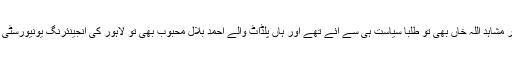
اپنے پرویز رشید اور مشاہد اللہ خاں بھی تو طلبا سیاست ہی سے آئے تھے اور ہاں پلڈاٹ والے احمد بلال محبوب بھی تو لاہور کی انجینئرنگ یونیورسٹی کے پریذیڈنٹ رہے۔